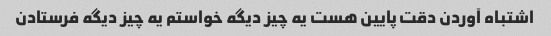
اشتباه آوردن دقت پایین هست یه چیز دیگه خواستم یه چیز دیگه فرستادن